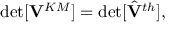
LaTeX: \operatorname * { d e t } [ { \bf V } ^ { K M } ] = \operatorname * { d e t } [ { \hat { \bf V } } ^ { t h } ] ,